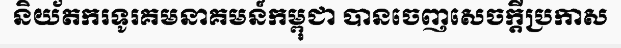
និយ័តករទូរគមនាគមន៍កម្ពុជា បានចេញសេចក្តីប្រកាស